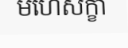
មហេសក្ខា